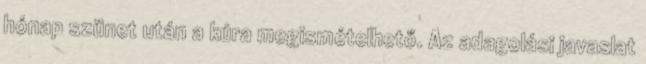
hónap szünet után a kúra megismételhető. Az adagolási javaslat